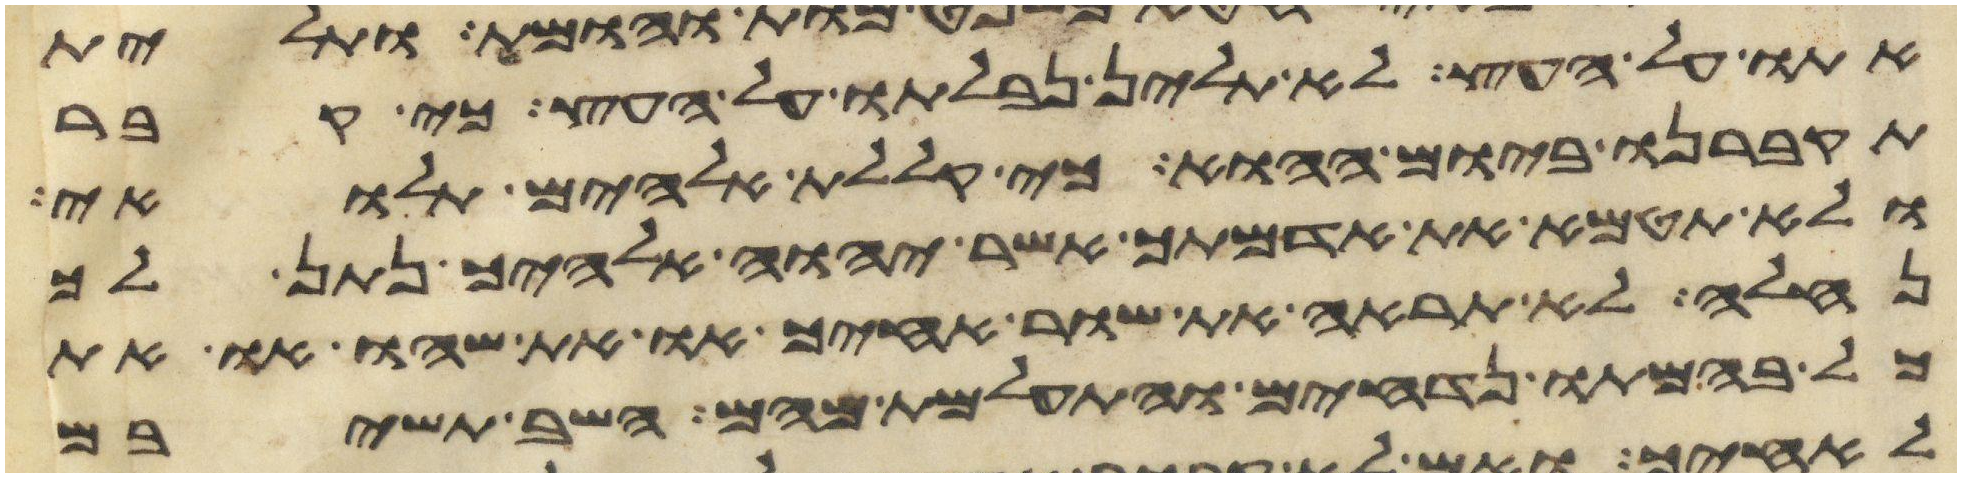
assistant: אתו על העץ לא תלין נבלתו על העץ כי קבר
תקברנו ביום ההוא כי קללת אלהים תלאוי
ולא תטמא את אדמתך אשר יהוה אלהיך נתן לך
נחלה לא תראה את שור אחיך או את שהו או את
כל בהמתו נדחים והתעלמת מהם השב תשיבם